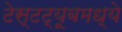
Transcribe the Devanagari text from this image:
टेस्टट्यूबमध्ये